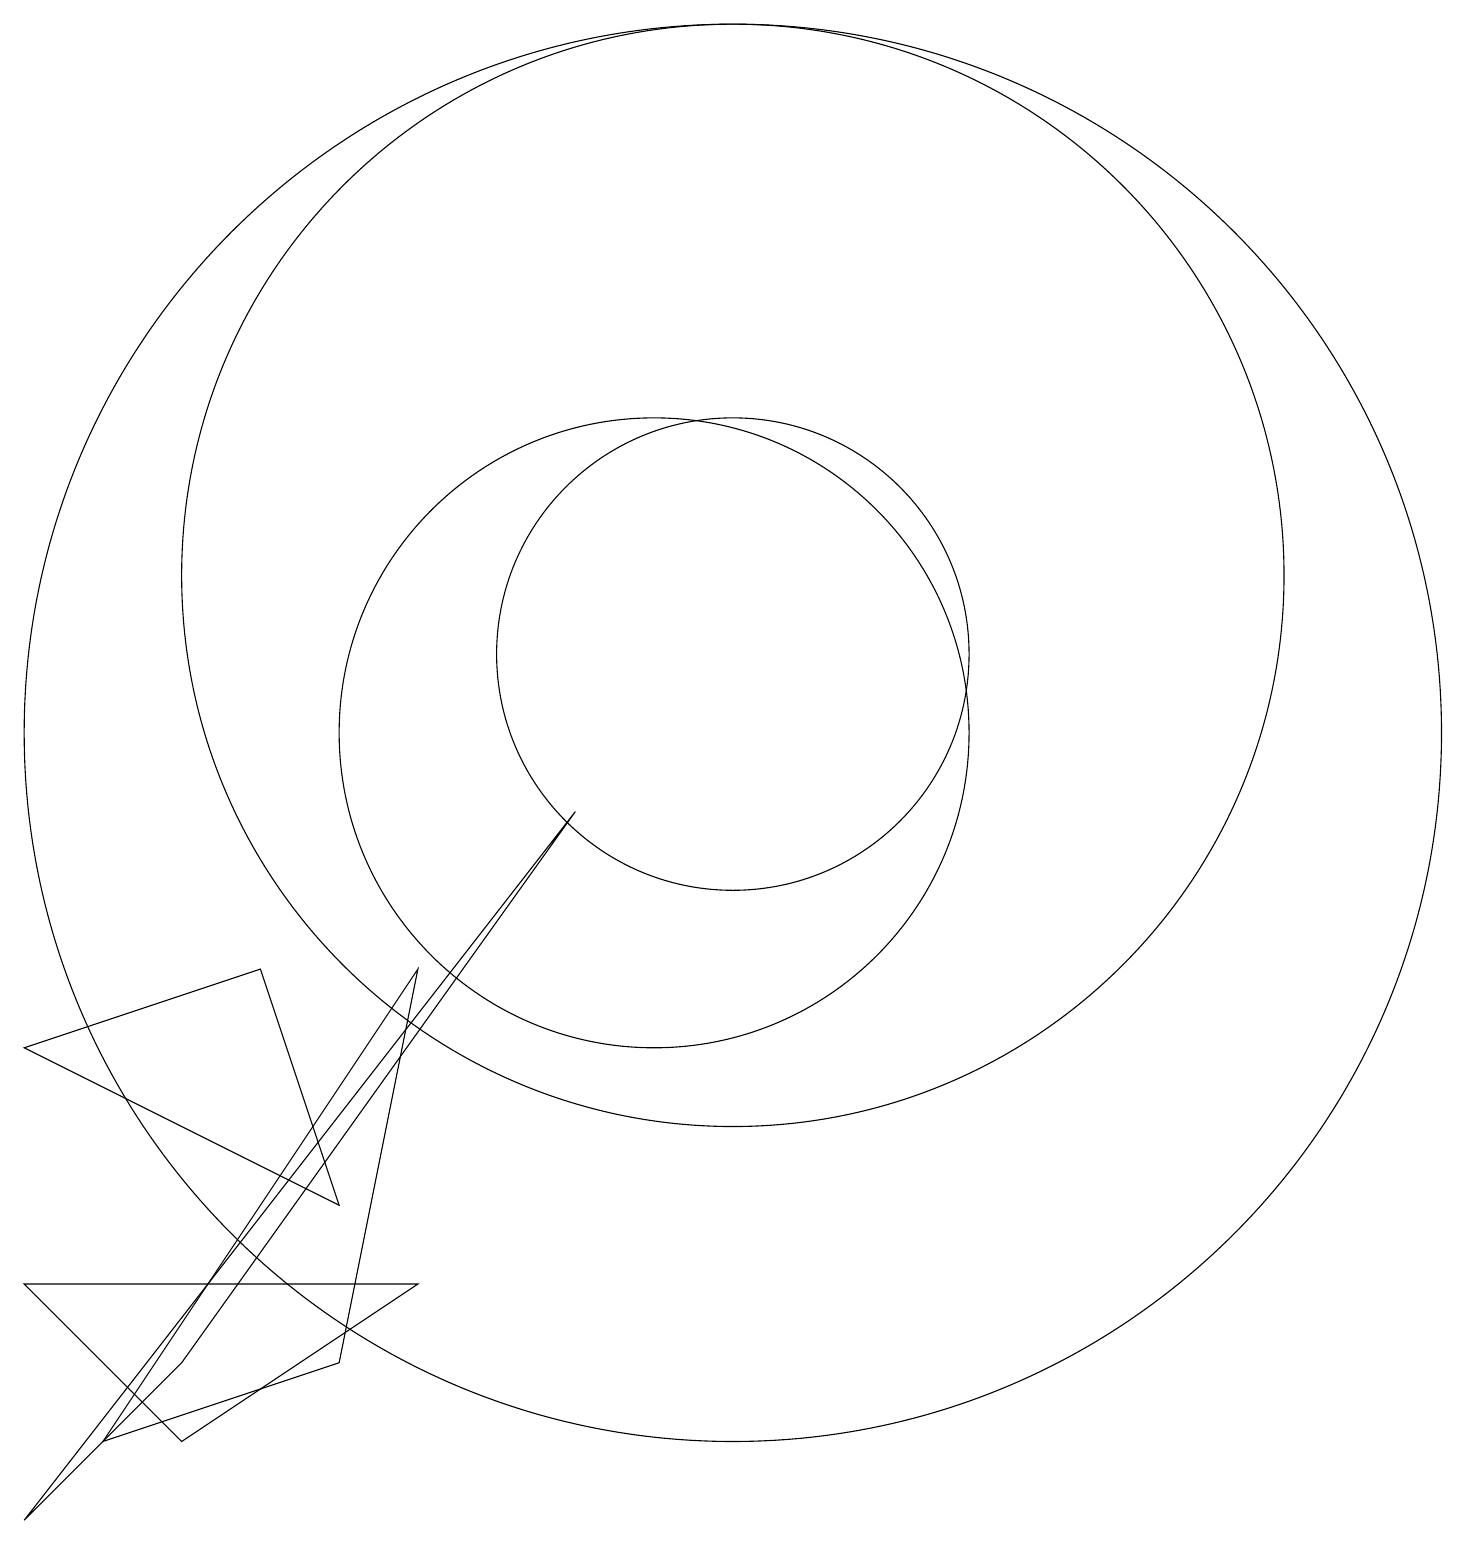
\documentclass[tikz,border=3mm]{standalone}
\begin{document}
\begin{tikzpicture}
\draw (2,0) -- (4,2) -- (9,9) -- cycle;
\draw (11,11) circle (3);
\draw (6,4) -- (2,6) -- (5,7) -- cycle;
\draw (11,12) circle (7);
\draw (6,2) -- (3,1) -- (7,7) -- cycle;
\draw (11,10) circle (9);
\draw (10,10) circle (4);
\draw (2,3) -- (4,1) -- (7,3) -- cycle;
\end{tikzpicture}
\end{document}